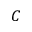
C